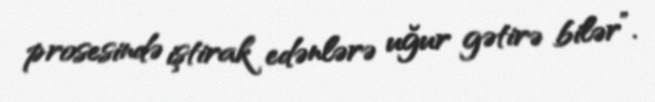
prosesində iştirak edənlərə uğur gətirə bilər”.